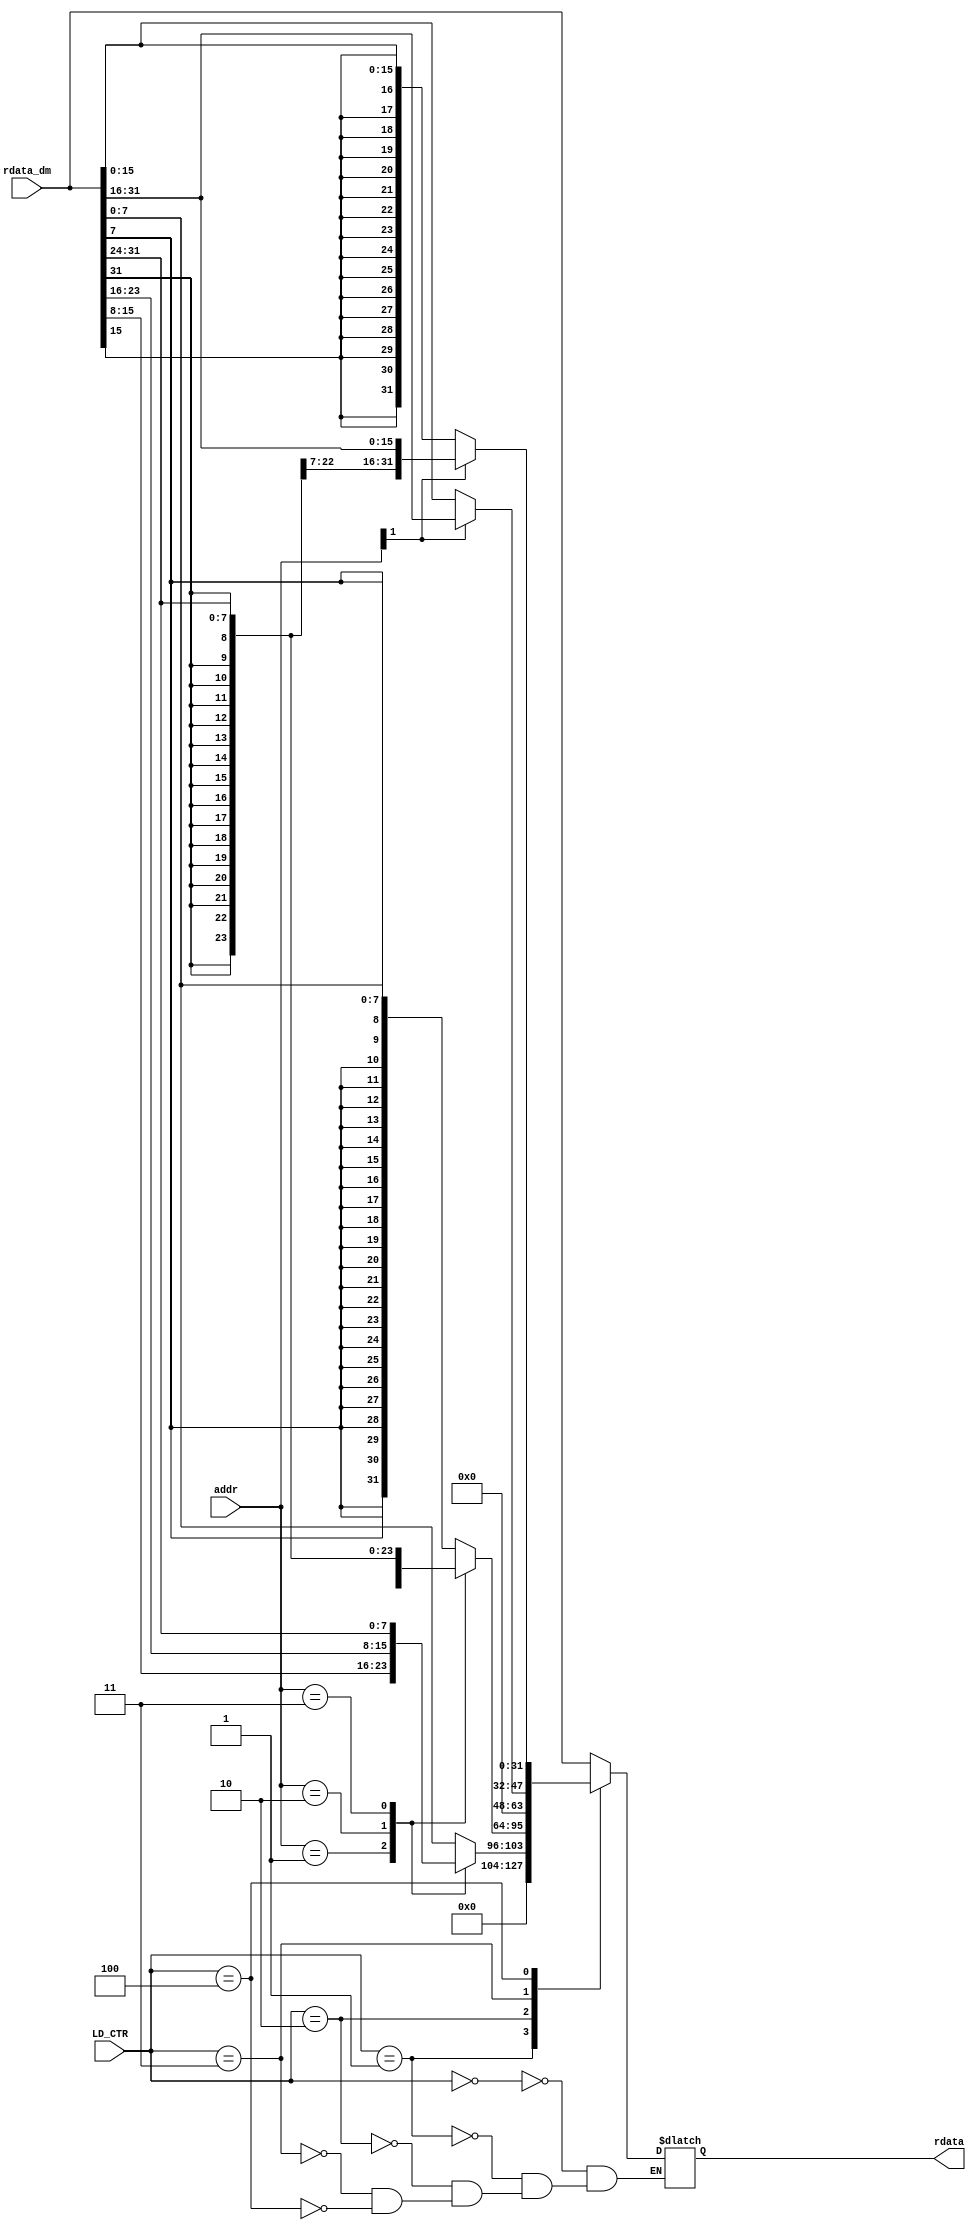
`timescale 1ns / 1ps
//////////////////////////////////////////////////////////////////////////////////
// Company: 
// Engineer: 
// 
// Design Name: 
// Module Name: ld_ext
// Project Name: 
// Target Devices: 
// Tool Versions: 
// Description: 
// 
// Dependencies: 
// 
// Revision:
// Revision 0.01 - File Created
// Additional Comments:
// 
//////////////////////////////////////////////////////////////////////////////////


module ld_ext(
    input [1:0] addr,
    input [31:0] rdata_dm,
    input [2:0] LD_CTR,
    output reg [31:0] rdata
    );

    always@* begin
		case(LD_CTR)
			3'b000: rdata = rdata_dm;
			3'b001: begin	
				case(addr)
					2'b00: rdata = {24'b0, rdata_dm[7:0]}; 
					2'b01: rdata = {24'b0, rdata_dm[15:8]};
					2'b10: rdata = {24'b0, rdata_dm[23:16]};
					2'b11: rdata = {24'b0, rdata_dm[31:24]};
					default: rdata = rdata;
				endcase
			end
			3'b010: begin
				case(addr)
					2'b00: rdata = {{24{rdata_dm[7]}}, rdata_dm[7:0]}; 
					2'b01: rdata = {{24{rdata_dm[15]}}, rdata_dm[15:8]};
					2'b10: rdata = {{24{rdata_dm[23]}}, rdata_dm[23:16]};
					2'b11: rdata = {{24{rdata_dm[31]}}, rdata_dm[31:24]};
					default: rdata = rdata;
				endcase
			end 
			3'b011: begin
				case(addr[1])
					1'b0: rdata = {16'b0, rdata_dm[15:0]};
					1'b1: rdata = {16'b0, rdata_dm[31:16]};
					default: rdata = rdata;
				endcase
			end
			3'b100: begin
				case(addr[1])
					1'b0: rdata = {{16{rdata_dm[15]}}, rdata_dm[15:0]};
					1'b1: rdata = {{16{rdata_dm[31]}}, rdata_dm[31:16]};
					default: rdata = rdata;
				endcase
			end
			default: rdata = rdata;
		endcase
	end

endmodule